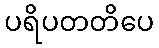
ပရိပတတိပေ